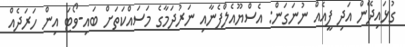
ގުޅައިދޭން އަދި ފީއެއް ނުނަގަން: އެސްޔޫއެލްފެނާއި ނަރުދަމާގެ މަސައްކަތަށް ބައި-ވޯޓަ އިން ހަރަދެއް